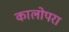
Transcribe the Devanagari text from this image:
कालोपरा